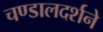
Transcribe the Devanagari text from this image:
चण्डालदर्शने